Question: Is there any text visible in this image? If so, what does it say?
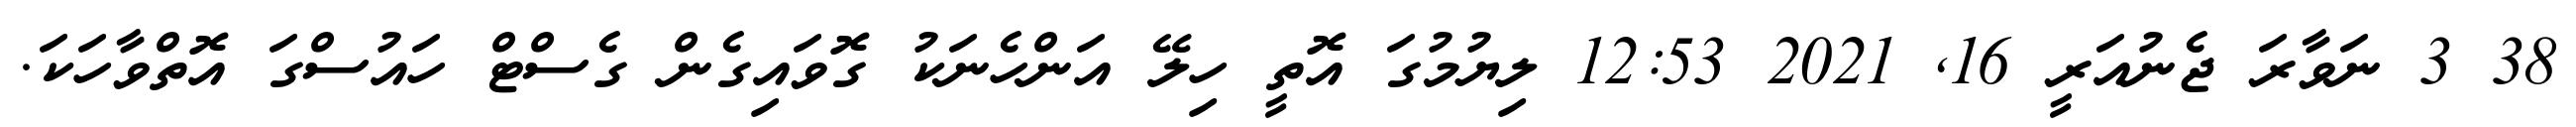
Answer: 38 3 ނަވާރަ ޖެނުއަރީ 16, 2021 12:53 ލިޔުމުގަ އޮތީ ހިލޭ އަންހެނަކު ގޮވައިގެން ގެސްޓް ހައުސްގަ އޮތްވާހަކަ.